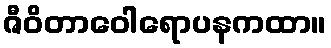
ဇီဝိတာဝေါရောပနကထာ။